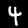
Digit: 4